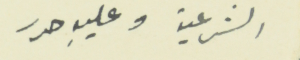
الشرعية وعليهِ حرر